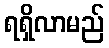
ရရှိလာမည်